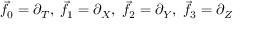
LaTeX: { \vec { f } } _ { 0 } = \partial _ { T } , \; { \vec { f } } _ { 1 } = \partial _ { X } , \; { \vec { f } } _ { 2 } = \partial _ { Y } , \; { \vec { f } } _ { 3 } = \partial _ { Z }